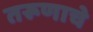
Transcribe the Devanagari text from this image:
तरूणाचे